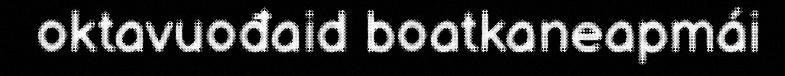
oktavuođaid boatkaneapmái